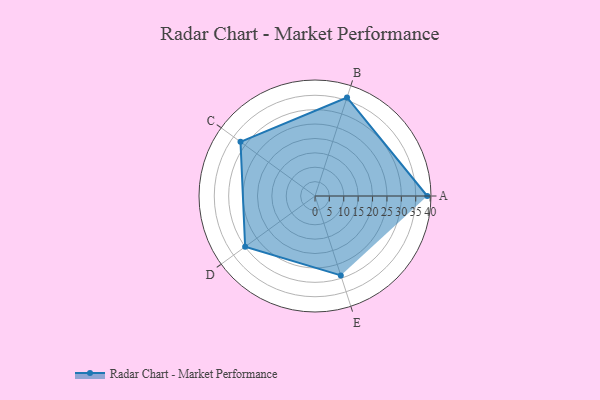
{"axis": {"x": "Skill", "y": "Score"}, "legend": ["Profile"], "data": [{"x": "A", "y": 39.0, "type": "Profile"}, {"x": "B", "y": 36.0, "type": "Profile"}, {"x": "C", "y": 32.0, "type": "Profile"}, {"x": "D", "y": 30.0, "type": "Profile"}, {"x": "E", "y": 29.0, "type": "Profile"}]}